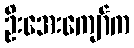
ဦးအေးကျော်က